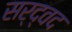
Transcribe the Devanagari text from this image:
सर्द्वद